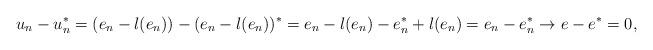
LaTeX: \begin{align*} u_n -u_n^\ast &= (e_n-l(e_n))-(e_n-l(e_n))^\ast = e_n-l(e_n)-e_n^\ast+l(e_n)=e_n-e_n^\ast\to e-e^\ast=0, \end{align*}